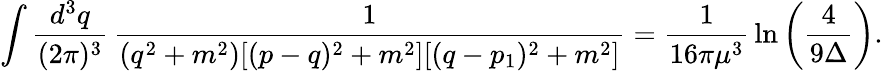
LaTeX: \int\frac{d^{3}q}{(2\pi)^{3}}\, \frac{1}{(q^{2}+m^{2})[(p-q)^{2}+m^{2}][(q-p_{1})^{2}+m^{2}]}=\frac{1}{16\pi\mu^{3}}\, \ln\left(\frac{4}{9\Delta}\right).